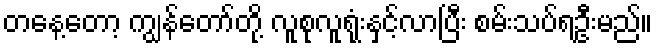
တနေ့တော့ ကျွန်တော်တို့ လူစုလူရုံးနှင့်လာပြီး စမ်းသပ်ရဦးမည်။